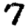
Digit: 7